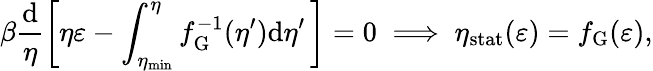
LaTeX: \beta\frac{\mathrm{d}}{\eta}\left[\eta\varepsilon-\int_{\eta_{\mathrm{min}}}^{\eta}f_{\mathrm{G}}^{-1}(\eta^{\prime})\mathrm{d}\eta^{\prime}\, \right]=0\implies\eta_{\mathrm{stat}}(\varepsilon)=f_{\mathrm{G}}(\varepsilon),